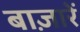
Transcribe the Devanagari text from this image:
बाज़ारें